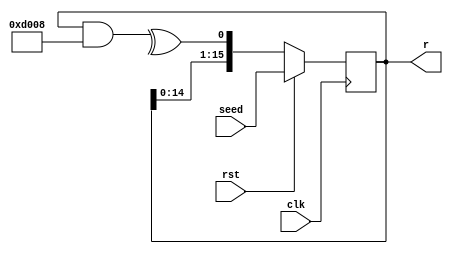
module LFSR #(
    parameter WIDTH = 16,
    parameter POLY = 16'hD008
) (
    input rst,
    input clk,
    input [WIDTH-1:0] seed,
    output reg [WIDTH-1:0] r
);
    wire feedback = ^(r & POLY);

    always @(posedge clk) begin
        if(rst) begin
            r <= seed;
        end else begin
            r <= {r[WIDTH-2:0], feedback};
        end
    end
endmodule